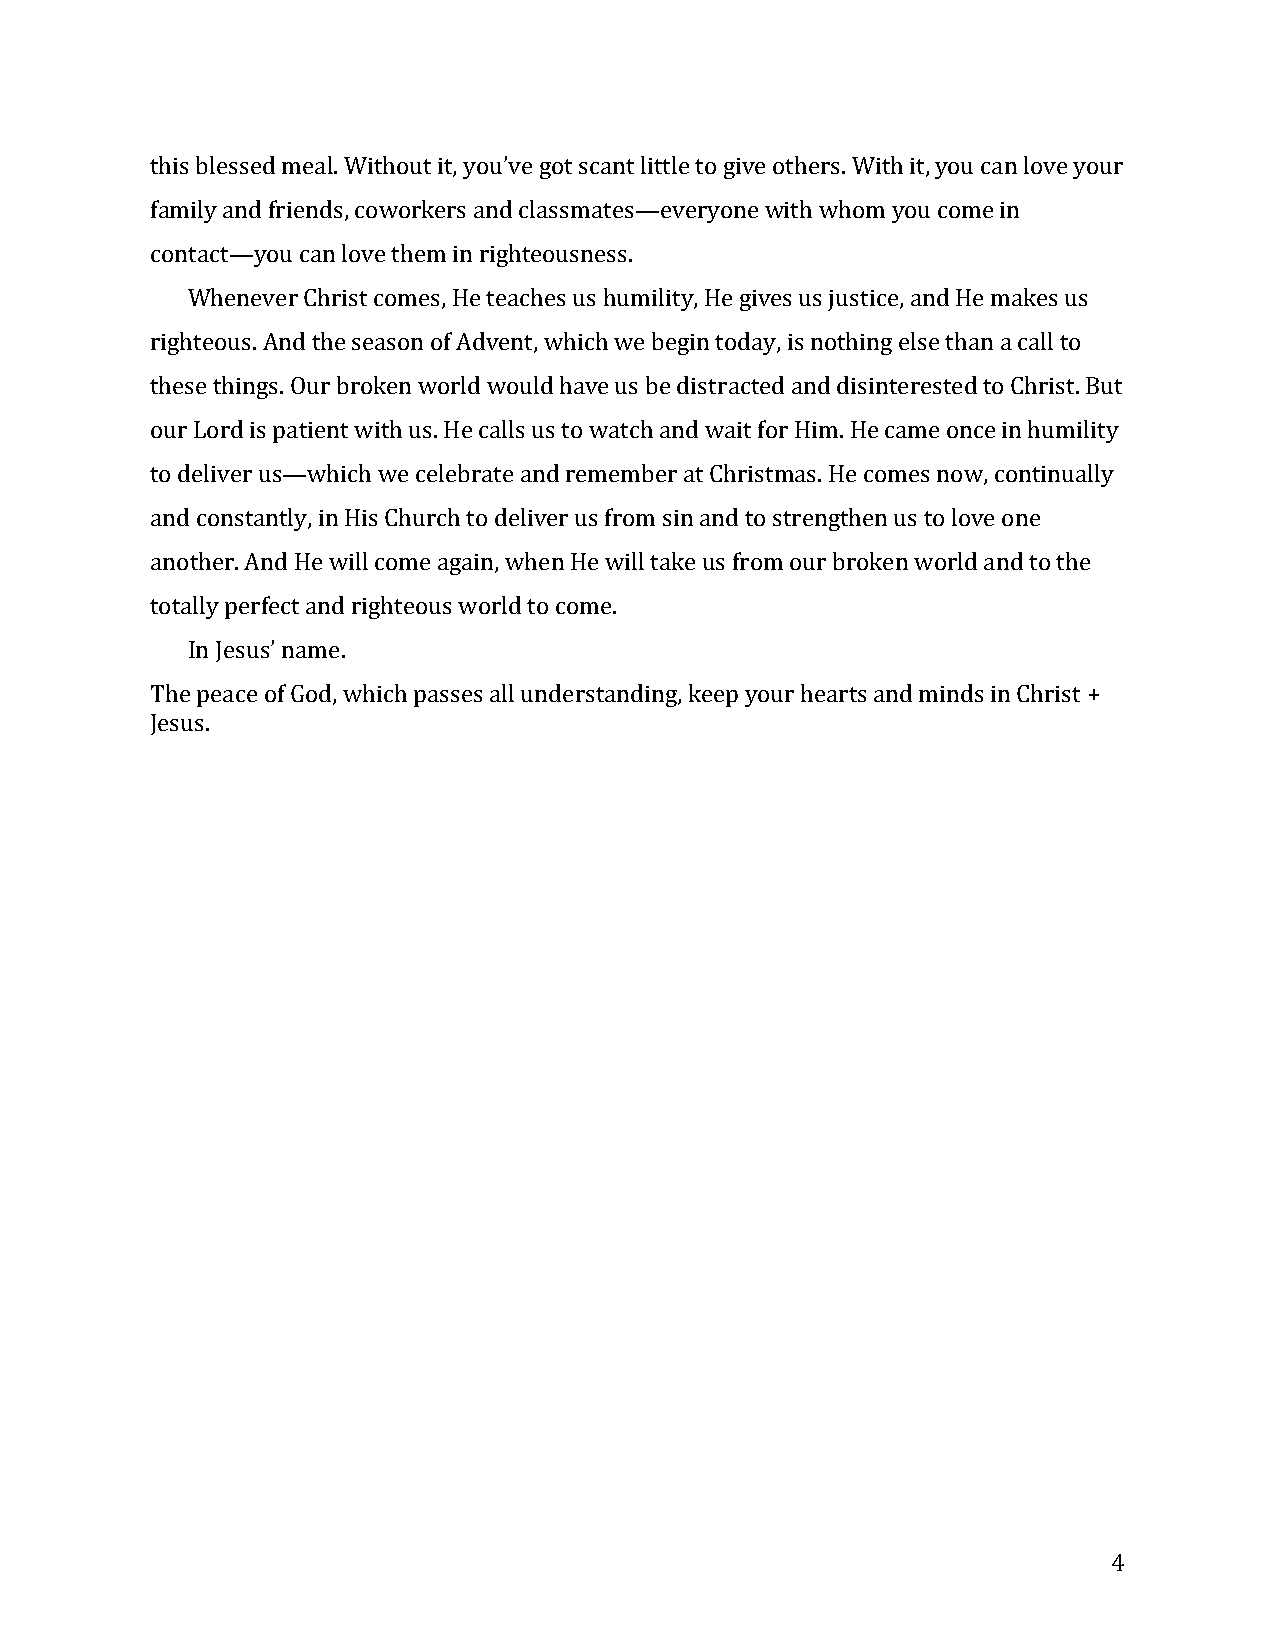
this blessed meal. Without it, you’ve got scant little to give others. With it, you can love your
 family and friends, coworkers and classmates—everyone with whom you come in
 contact—you can love them in righteousness.
 Whenever Christ comes, He teaches us humility, He gives us justice, and He makes us
 righteous. And the season of Advent, which we begin today, is nothing else than a call to
 these things. Our broken world would have us be distracted and disinterested to Christ. But
 our Lord is patient with us. He calls us to watch and wait for Him. He came once in humility
 to deliver us—which we celebrate and remember at Christmas. He comes now, continually
 and constantly, in His Church to deliver us from sin and to strengthen us to love one
 another. And He will come again, when He will take us from our broken world and to the
 totally perfect and righteous world to come.
 In Jesus’ name.
 The peace of God, which passes all understanding, keep your hearts and minds in Christ +
 Jesus.
 4